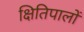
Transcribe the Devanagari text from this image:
क्षितिपालों